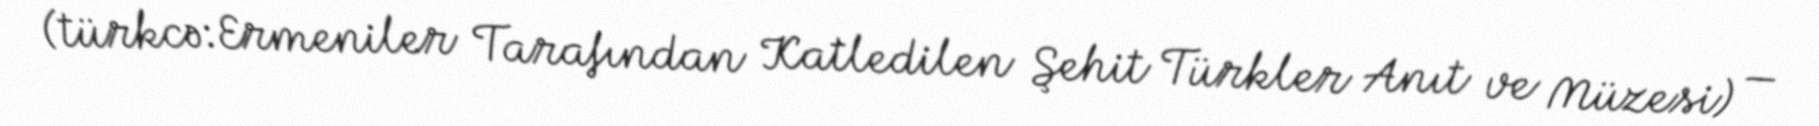
(türkcə:Ermeniler Tarafından Katledilen Şehit Türkler Anıt ve Müzesi) —